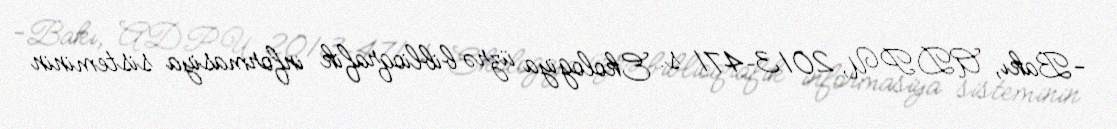
-Bakı, ADPU, 2013–471 s. Ekologiya üzrə biblioqrafik informasiya sisteminin